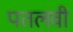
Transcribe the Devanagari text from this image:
पतलवी